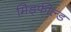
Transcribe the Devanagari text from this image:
मिड्फील्ड